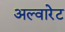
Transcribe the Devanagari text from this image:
अल्वारेट